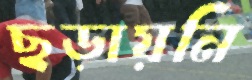
ছড়ায়নি